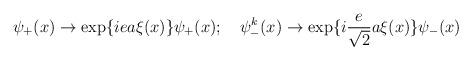
LaTeX: \begin{align*}\psi_+(x) \rightarrow \exp \{iea \xi (x) \} \psi_+(x); \quad \psi_-^k(x)\rightarrow \exp \{i \frac{e}{\sqrt{2}}a \xi (x) \} \psi_-(x) \end{align*}